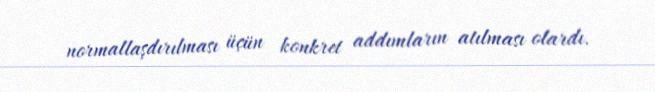
normallaşdırılması üçün konkret addımların atılması olardı.